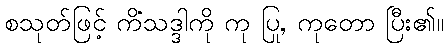
စသုတ်ဖြင့် ကိံသဒ္ဒါကို ကု ပြု, ကုတော ပြီး၏။